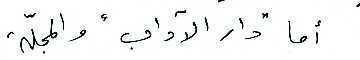
أما "دار الآداب" والمجلّة